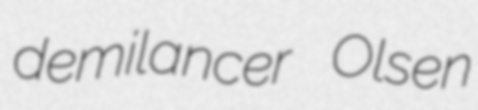
demilancer Olsen